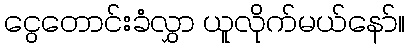
ငွေတောင်းခံလွှာ ယူလိုက်မယ်နော်။